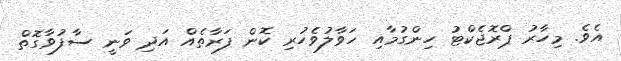
އެވެ. މިހާރު ޕްރޮޖެކްޓު ހިންގުމާއި ހަވާލުވެހުރި ކޮން ފަރާތެއް އަދި ވަނީ ސާފުވާގޮތް